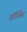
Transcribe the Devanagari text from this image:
जॉर्जिस